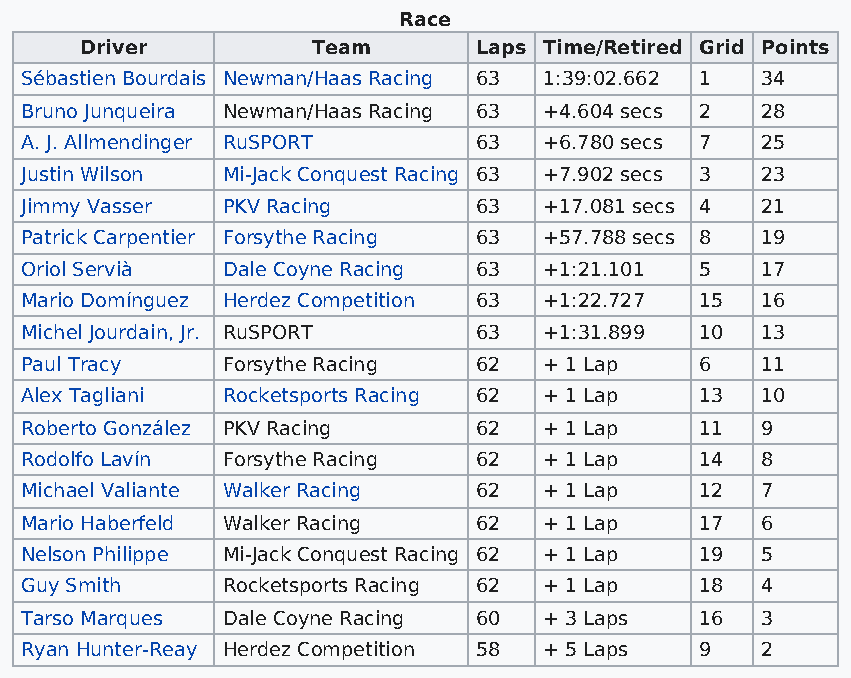
Race
 Driver          Team      Laps Time/Retired Grid Points
 Sébastien Bourdais Newman/Haas Racing 63 1:39:02.662 1 34
 Bruno Junqueira Newman/Haas Racing 63 +4.604 secs 2 28
 A. J. Allmendinger RuSPORT    63   +6.780 secs 7 25
 Justin Wilson Mi-Jack Conquest Racing 63 +7.902 secs 3 23
 Jimmy Vasser  PKV Racing      63   +17.081 secs 4 21
 Patrick Carpentier Forsythe Racing 63 +57.788 secs 8 19
 Oriol Servià  Dale Coyne Racing 63 +1:21.101 5   17
 Mario Domínguez Herdez Competition 63 +1:22.727 15 16
 Michel Jourdain, Jr. RuSPORT  63   +1:31.899 10  13
 Paul Tracy    Forsythe Racing 62   + 1 Lap   6   11
 Alex Tagliani Rocketsports Racing 62 + 1 Lap 13  10
 Roberto González PKV Racing   62   + 1 Lap   11  9
 Rodolfo Lavín Forsythe Racing 62   + 1 Lap   14  8
 Michael Valiante Walker Racing 62  + 1 Lap   12  7
 Mario Haberfeld Walker Racing 62   + 1 Lap   17  6
 Nelson Philippe Mi-Jack Conquest Racing 62 + 1 Lap 19 5
 Guy Smith     Rocketsports Racing 62 + 1 Lap 18  4
 Tarso Marques Dale Coyne Racing 60 + 3 Laps  16  3
 Ryan Hunter-Reay Herdez Competition 58 + 5 Laps 9 2